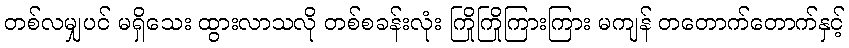
တစ်လမျှပင် မရှိသေး ထွားလာသလို တစ်စခန်းလုံး ကြိုကြိုကြားကြား မကျန် တတောက်တောက်နှင့်